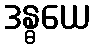
ဒန္ဓယေ